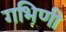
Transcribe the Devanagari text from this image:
गभिणी